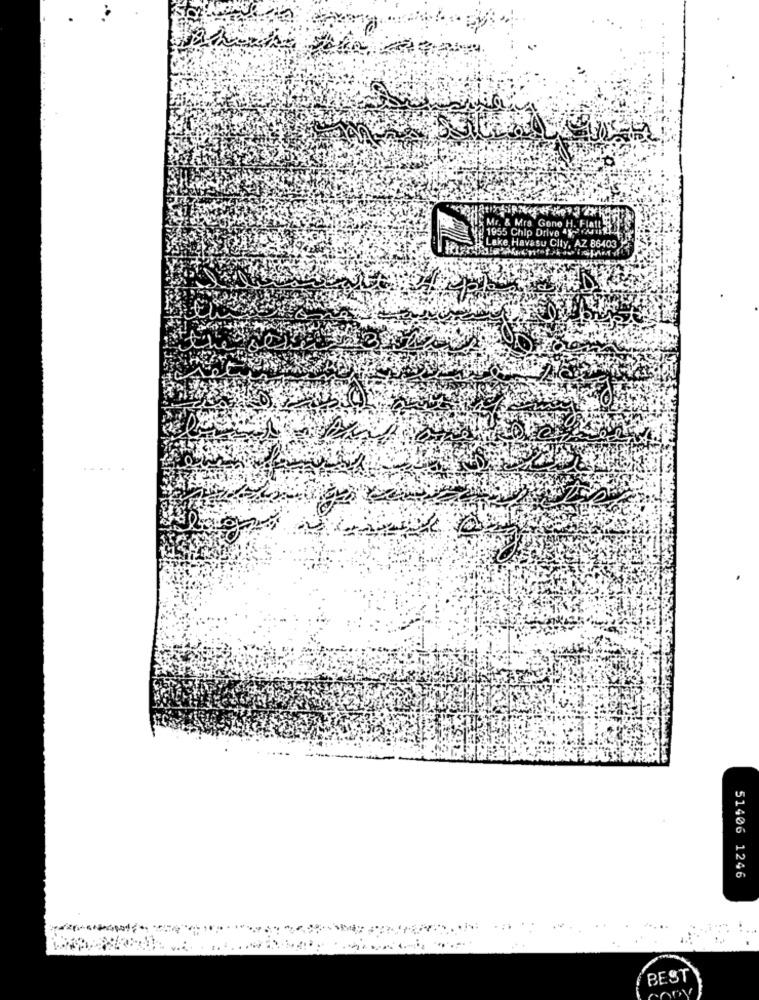
1955 Chip Drive Ak
Mr. & Mrs Gone H. F
Lake Havasu City, AZ 86403
51406 1246
BEST